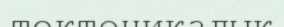
тектоникалык